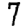
Digit: 7